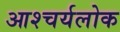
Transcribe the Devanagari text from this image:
आश्चर्यलोक